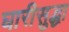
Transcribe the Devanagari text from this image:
घारीसुद्धा